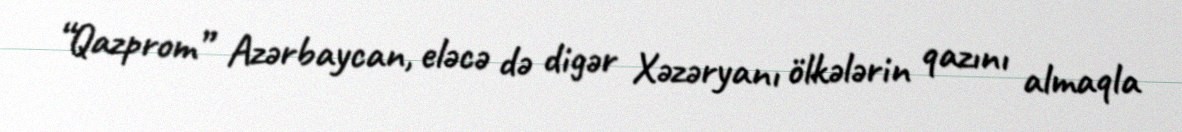
“Qazprom” Azərbaycan, eləcə də digər Xəzəryanı ölkələrin qazını almaqla